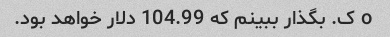
o ک. بگذار ببینم که 104.99 دلار خواهد بود.